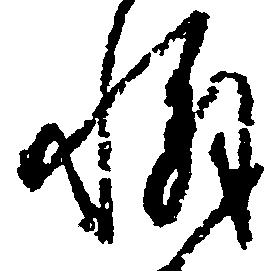
懈